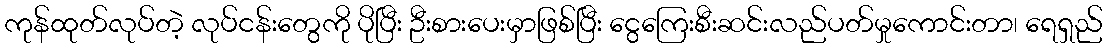
ကုန်ထုတ်လုပ်တဲ့ လုပ်ငန်းတွေကို ပိုပြီး ဦးစားပေးမှာဖြစ်ပြီး ငွေကြေးစီးဆင်းလည်ပတ်မှုကောင်းတာ၊ ရေရှည်